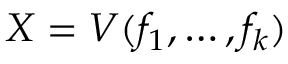
X = V ( f _ { 1 } , \dots , f _ { k } )